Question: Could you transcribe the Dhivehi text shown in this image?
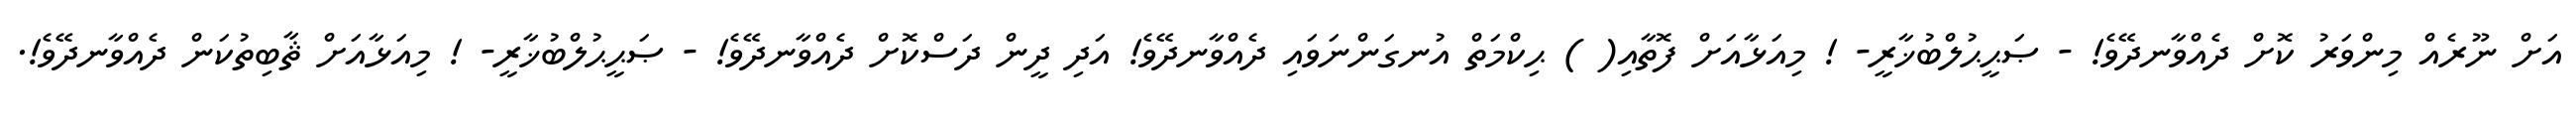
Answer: އަށް ނޫރެއް މިންވަރު ކޮށް ދެއްވާނދޭވެ! - ޞަޙީޙުލްބުޚާރީ- ! މިއަޅާއަށް ފޮތާއި( ) ޙިކްމަތް އުނގަންނަވައި ދެއްވާނދޭވެ! އަދި ދީން ދަސްކޮށް ދެއްވާނދޭވެ! - ޞަޙީޙުލްބުޚާރީ- ! މިއަޅާއަށް ޘާބިތުކަން ދެއްވާނދޭވެ!.